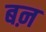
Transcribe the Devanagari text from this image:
बऩ